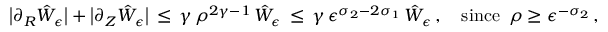
\bigl | \partial _ { R } \hat { W } _ { \epsilon } \bigr | + \bigl | \partial _ { Z } \hat { W } _ { \epsilon } \bigr | \, \le \, \gamma \, \rho ^ { 2 \gamma - 1 } \, \hat { W } _ { \epsilon } \, \le \, \gamma \, \epsilon ^ { \sigma _ { 2 } - 2 \sigma _ { 1 } } \, \hat { W } _ { \epsilon } \, , \quad \mathrm { s i n c e } ~ \, \rho \ge \epsilon ^ { - \sigma _ { 2 } } \, ,